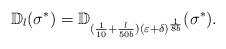
LaTeX: \begin{align*}\mathbb{D}_l(\sigma^*)=\mathbb{D}_{(\frac{1}{10}+\frac{l}{50b})(\varepsilon+\delta)^{\frac{1}{8b}}}(\sigma^*).\end{align*}